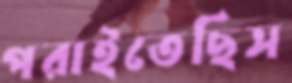
পরাইতেছিস